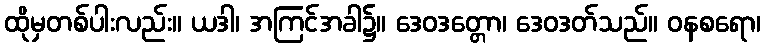
ထိုမှတစ်ပါးလည်း။ ယဒါ၊ အကြင်အခါ၌။ ဒေဝဒတ္တော၊ ဒေဝဒတ်သည်။ ဝနစရော၊